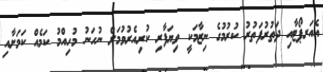
އެއަރޕޯޓާއި ދަތުރުފަތުރު ކުރުމުގެ ނިޒާމަކީ ވިޔަފާރި ކުރިއެރުވުމަށް ނުހަނު މުހިއްމު ކަމެއް ކަމަށާއި